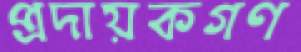
প্রদায়কগণ